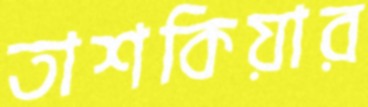
তাশকিয়ার